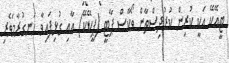
ޓީއޭކޭ އަކީ ކުރިން ކުރުދިސްތާން ވޯކާސް ޕާޓީ (ޕީކޭކޭ) އާއި ގުޅިފައިވާ ހަނގުރާމަވެރި